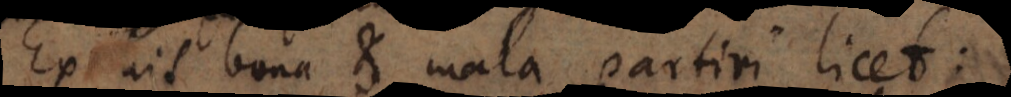
Ex his bona et mala partiri licet: